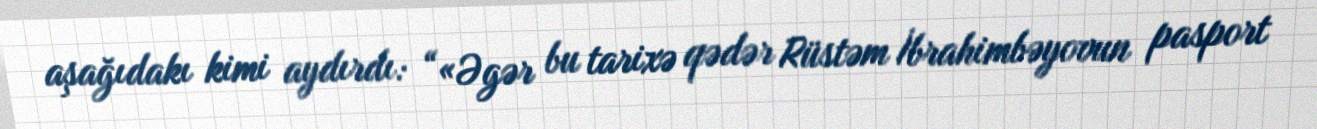
aşağıdakı kimi aydırdı: “«Əgər bu tarixə qədər Rüstəm İbrahimbəyovun pasport